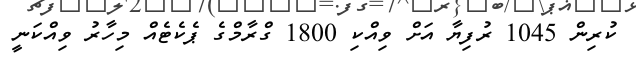
ކުރިން 1045 ރުފިޔާ އަށް ވިއްކި 1800 ގްރާމްގެ ޕެކެޓެއް މިހާރު ވިއްކަނީ